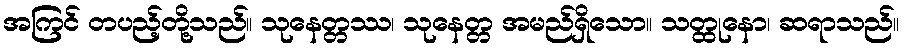
အကြင် တပည့်တို့သည်။ သုနေတ္တဿ၊ သုနေတ္တ အမည်ရှိသော။ သတ္ထုနော၊ ဆရာသည်။